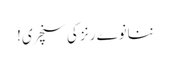
ننانوے رنز کی سنچری!